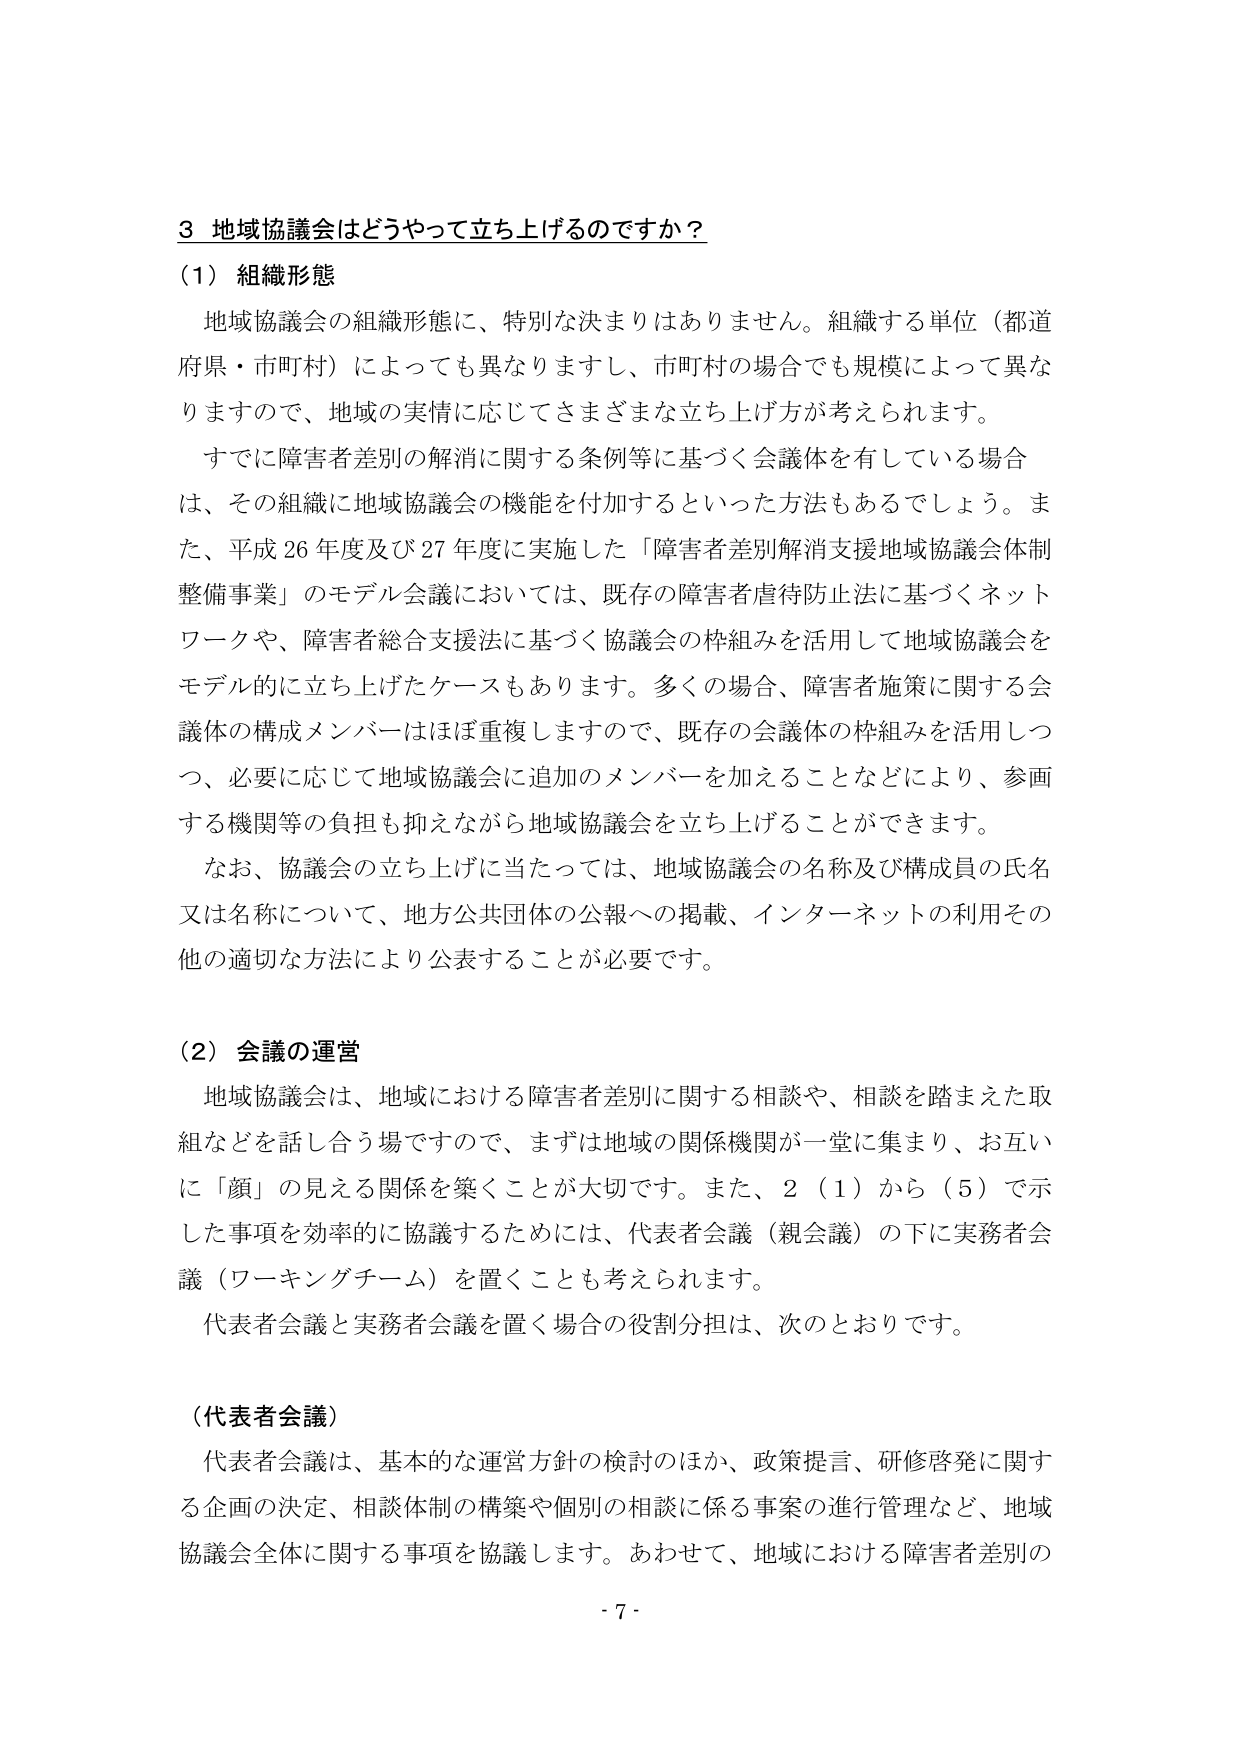
3 地域協議会はどうやって立ち上げるのですか？

（1）組織形態

地域協議会の組織形態に、特別な決まりはありません。組織する単位（都道府県・市町村）によっても異なりますし、市町村の場合でも規模によって異なりますので、地域の実情に応じてさまざまな立ち上げ方が考えられます。

すでに障害者差別の解消に関する条例等に基づく会議体を有している場合は、その組織に地域協議会の機能を付加するといった方法もあるでしょう。また、平成26年度及び27年度に実施した「障害者差別解消支援地域協議会体制整備事業」のモデル会議においては、既存の障害者虐待防止法に基づくネットワークや、障害者総合支援法に基づく協議会の枠組みを活用して地域協議会をモデル的に立ち上げたケースもあります。多くの場合、障害者施策に関する会議体の構成メンバーはほぼ重複しますので、既存の会議体の枠組みを活用しつつ、必要に応じて地域協議会に追加のメンバーを加えることなどにより、参画する機関等の負担も抑えながら地域協議会を立ち上げることができます。

なお、協議会の立ち上げに当たっては、地域協議会の名称及び構成員の氏名又は名称について、地方公共団体の公報への掲載、インターネットの利用その他の適切な方法により公表することが必要です。

（2）会議の運営

地域協議会は、地域における障害者差別に関する相談や、相談を踏まえた取組などを話し合う場ですので、まずは地域の関係機関が一堂に集まり、お互いに「顔」の見える関係を築くことが大切です。また、2（1）から（5）で示した事項を効率的に協議するためには、代表者会議（親会議）の下に実務者会議（ワーキングチーム）を置くことも考えられます。

代表者会議と実務者会議を置く場合の役割分担は、次のとおりです。

（代表者会議）

代表者会議は、基本的な運営方針の検討のほか、政策提言、研修啓発に関する企画の決定、相談体制の構築や個別の相談に係る事案の進行管理など、地域協議会全体に関する事項を協議します。あわせて、地域における障害者差別の

- 7 -